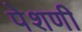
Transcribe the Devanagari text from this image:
पेशणी